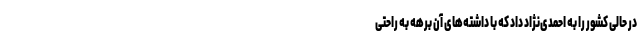
در حالی کشور را به احمدی‌نژاد داد که با داشته‌های آن برهه به راحتی